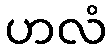
ဟလံ